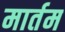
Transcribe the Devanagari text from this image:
मार्तम